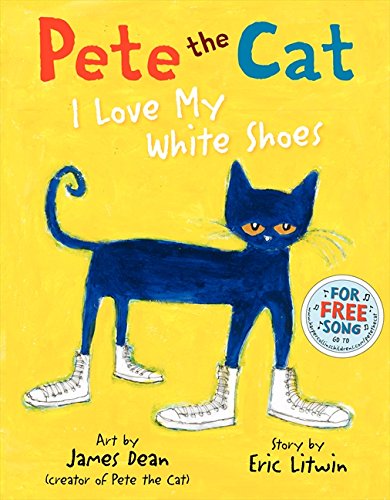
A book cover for Pete the Cat: I Love My White Shoes; Eric Litwin; Children's Books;